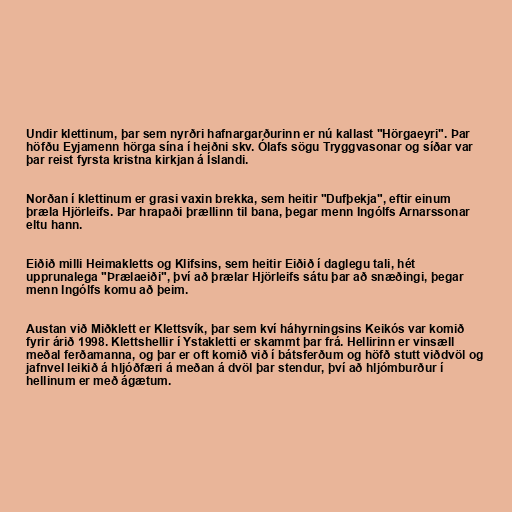
Undir klettinum, þar sem nyrðri hafnargarðurinn er nú kallast "Hörgaeyri". Þar
höfðu Eyjamenn hörga sína í heiðni skv. Ólafs sögu Tryggvasonar og síðar var
þar reist fyrsta kristna kirkjan á Íslandi.

Norðan í klettinum er grasi vaxin brekka, sem heitir "Dufþekja", eftir einum
þræla Hjörleifs. Þar hrapaði þrællinn til bana, þegar menn Ingólfs Arnarssonar
eltu hann.

Eiðið milli Heimakletts og Klifsins, sem heitir Eiðið í daglegu tali, hét
upprunalega "Þrælaeiði", því að þrælar Hjörleifs sátu þar að snæðingi, þegar
menn Ingólfs komu að þeim.

Austan við Miðklett er Klettsvík, þar sem kví háhyrningsins Keikós var komið
fyrir árið 1998. Klettshellir í Ystakletti er skammt þar frá. Hellirinn er vinsæll
meðal ferðamanna, og þar er oft komið við í bátsferðum og höfð stutt viðdvöl og
jafnvel leikið á hljóðfæri á meðan á dvöl þar stendur, því að hljómburður í
hellinum er með ágætum.